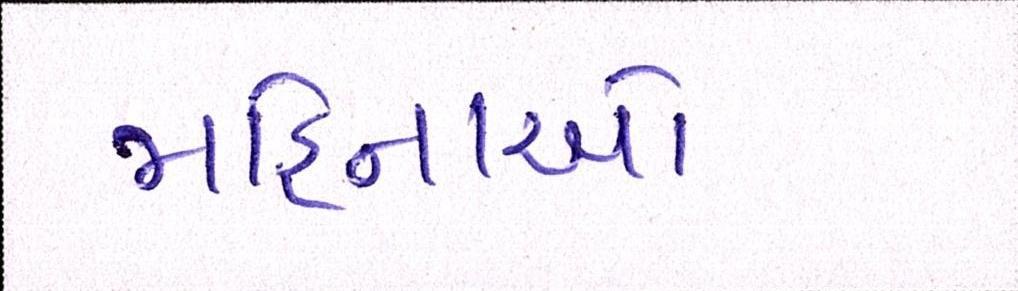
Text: મહિનાઓ